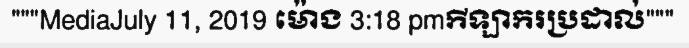
"""MediaJuly 11, 2019 ម៉ោង 3:18 pmកីឡាករប្រដាល់"""